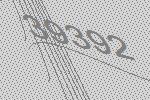
39392